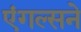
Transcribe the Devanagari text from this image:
एंगल्सने